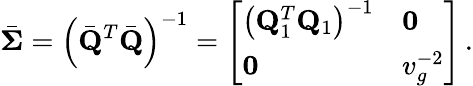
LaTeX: \bar{\boldsymbol{\Sigma}}=\left(\bar{\mathbf Q}^{T}\bar{\mathbf Q}\right)^{-1}=\left[\begin{array}{ll}{\left({\mathbf Q}_{1}^{T}{\mathbf Q}_{1}\right)^{-1}}&{{\mathbf 0}}\\ {{\mathbf 0}}&{v_{g}^{-2}}\end{array}\right]\, .